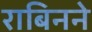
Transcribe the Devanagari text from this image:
राबिनने